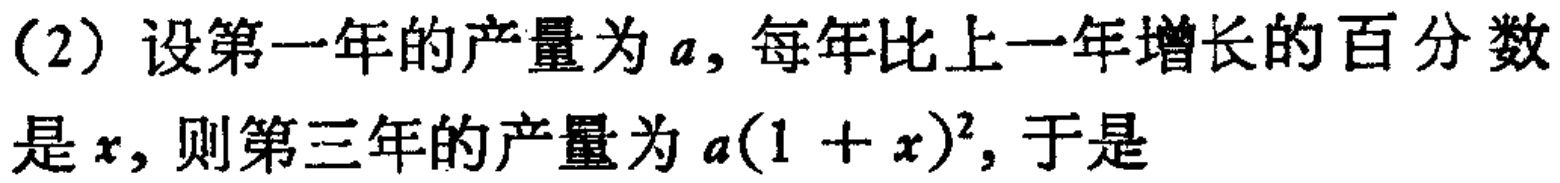
(2) 设第一年的产量为\(a\)，每年比上一年增长的百分数是\(x\)，则第三年的产量为\(a(1 + x)^{2}\)，于是